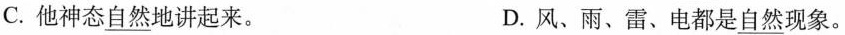
C.他神态\underline{自然}地讲起来。 D.风、雨、雷、电都是\underline{自然}现象。